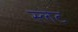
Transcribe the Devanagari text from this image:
स्‍लेट